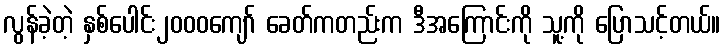
လွန်ခဲ့တဲ့ နှစ်ပေါင်း၂၀၀၀ကျော် ခေတ်ကတည်းက ဒီအကြောင်းကို သူ့ကို ပြောသင့်တယ်။